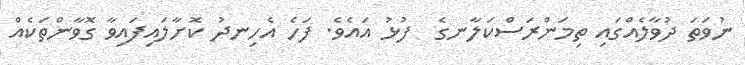
ނުވަތަ ދުވާލެއްގައި ތިމަންރަސްކަލާނގެ  ފުޅު އައެވެ. ފަހެ އެހިނދު ކޮށާލައިފައިވާ ގޮވާންތަކެއް